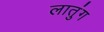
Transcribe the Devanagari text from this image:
लातुंग